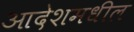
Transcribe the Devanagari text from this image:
आदेशमधील